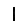
Digit: 1